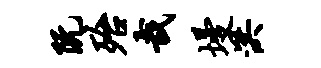
阮殆哉墁洪